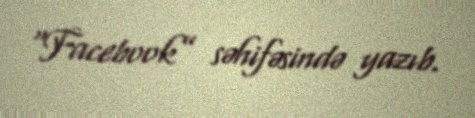
“Facebook” səhifəsində yazıb.